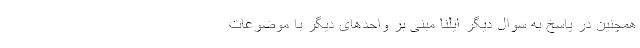
همچنین در پاسخ به سوال دیگر ایلنا مبنی بر واحدهای دیگر با موضوعات